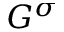
G ^ { \sigma }